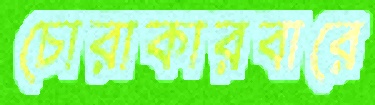
চোরাকারবারে